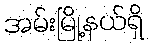
အမ်းမြို့နယ်ရှိ